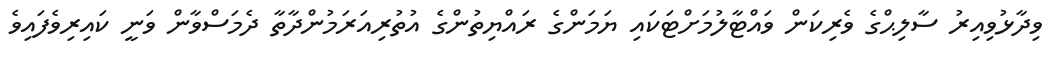
ވިދާޅުވިއިރު ސާލިޙްގެ ވެރިކަން ވައްޓާލުމަށްޓަކައި ޔަމަންގެ ރައްޔިތުންގެ އުތުރިއަރަމުންދާތާ ދެމަސްވާން ވަނީ ކައިރިވެފައިވެ